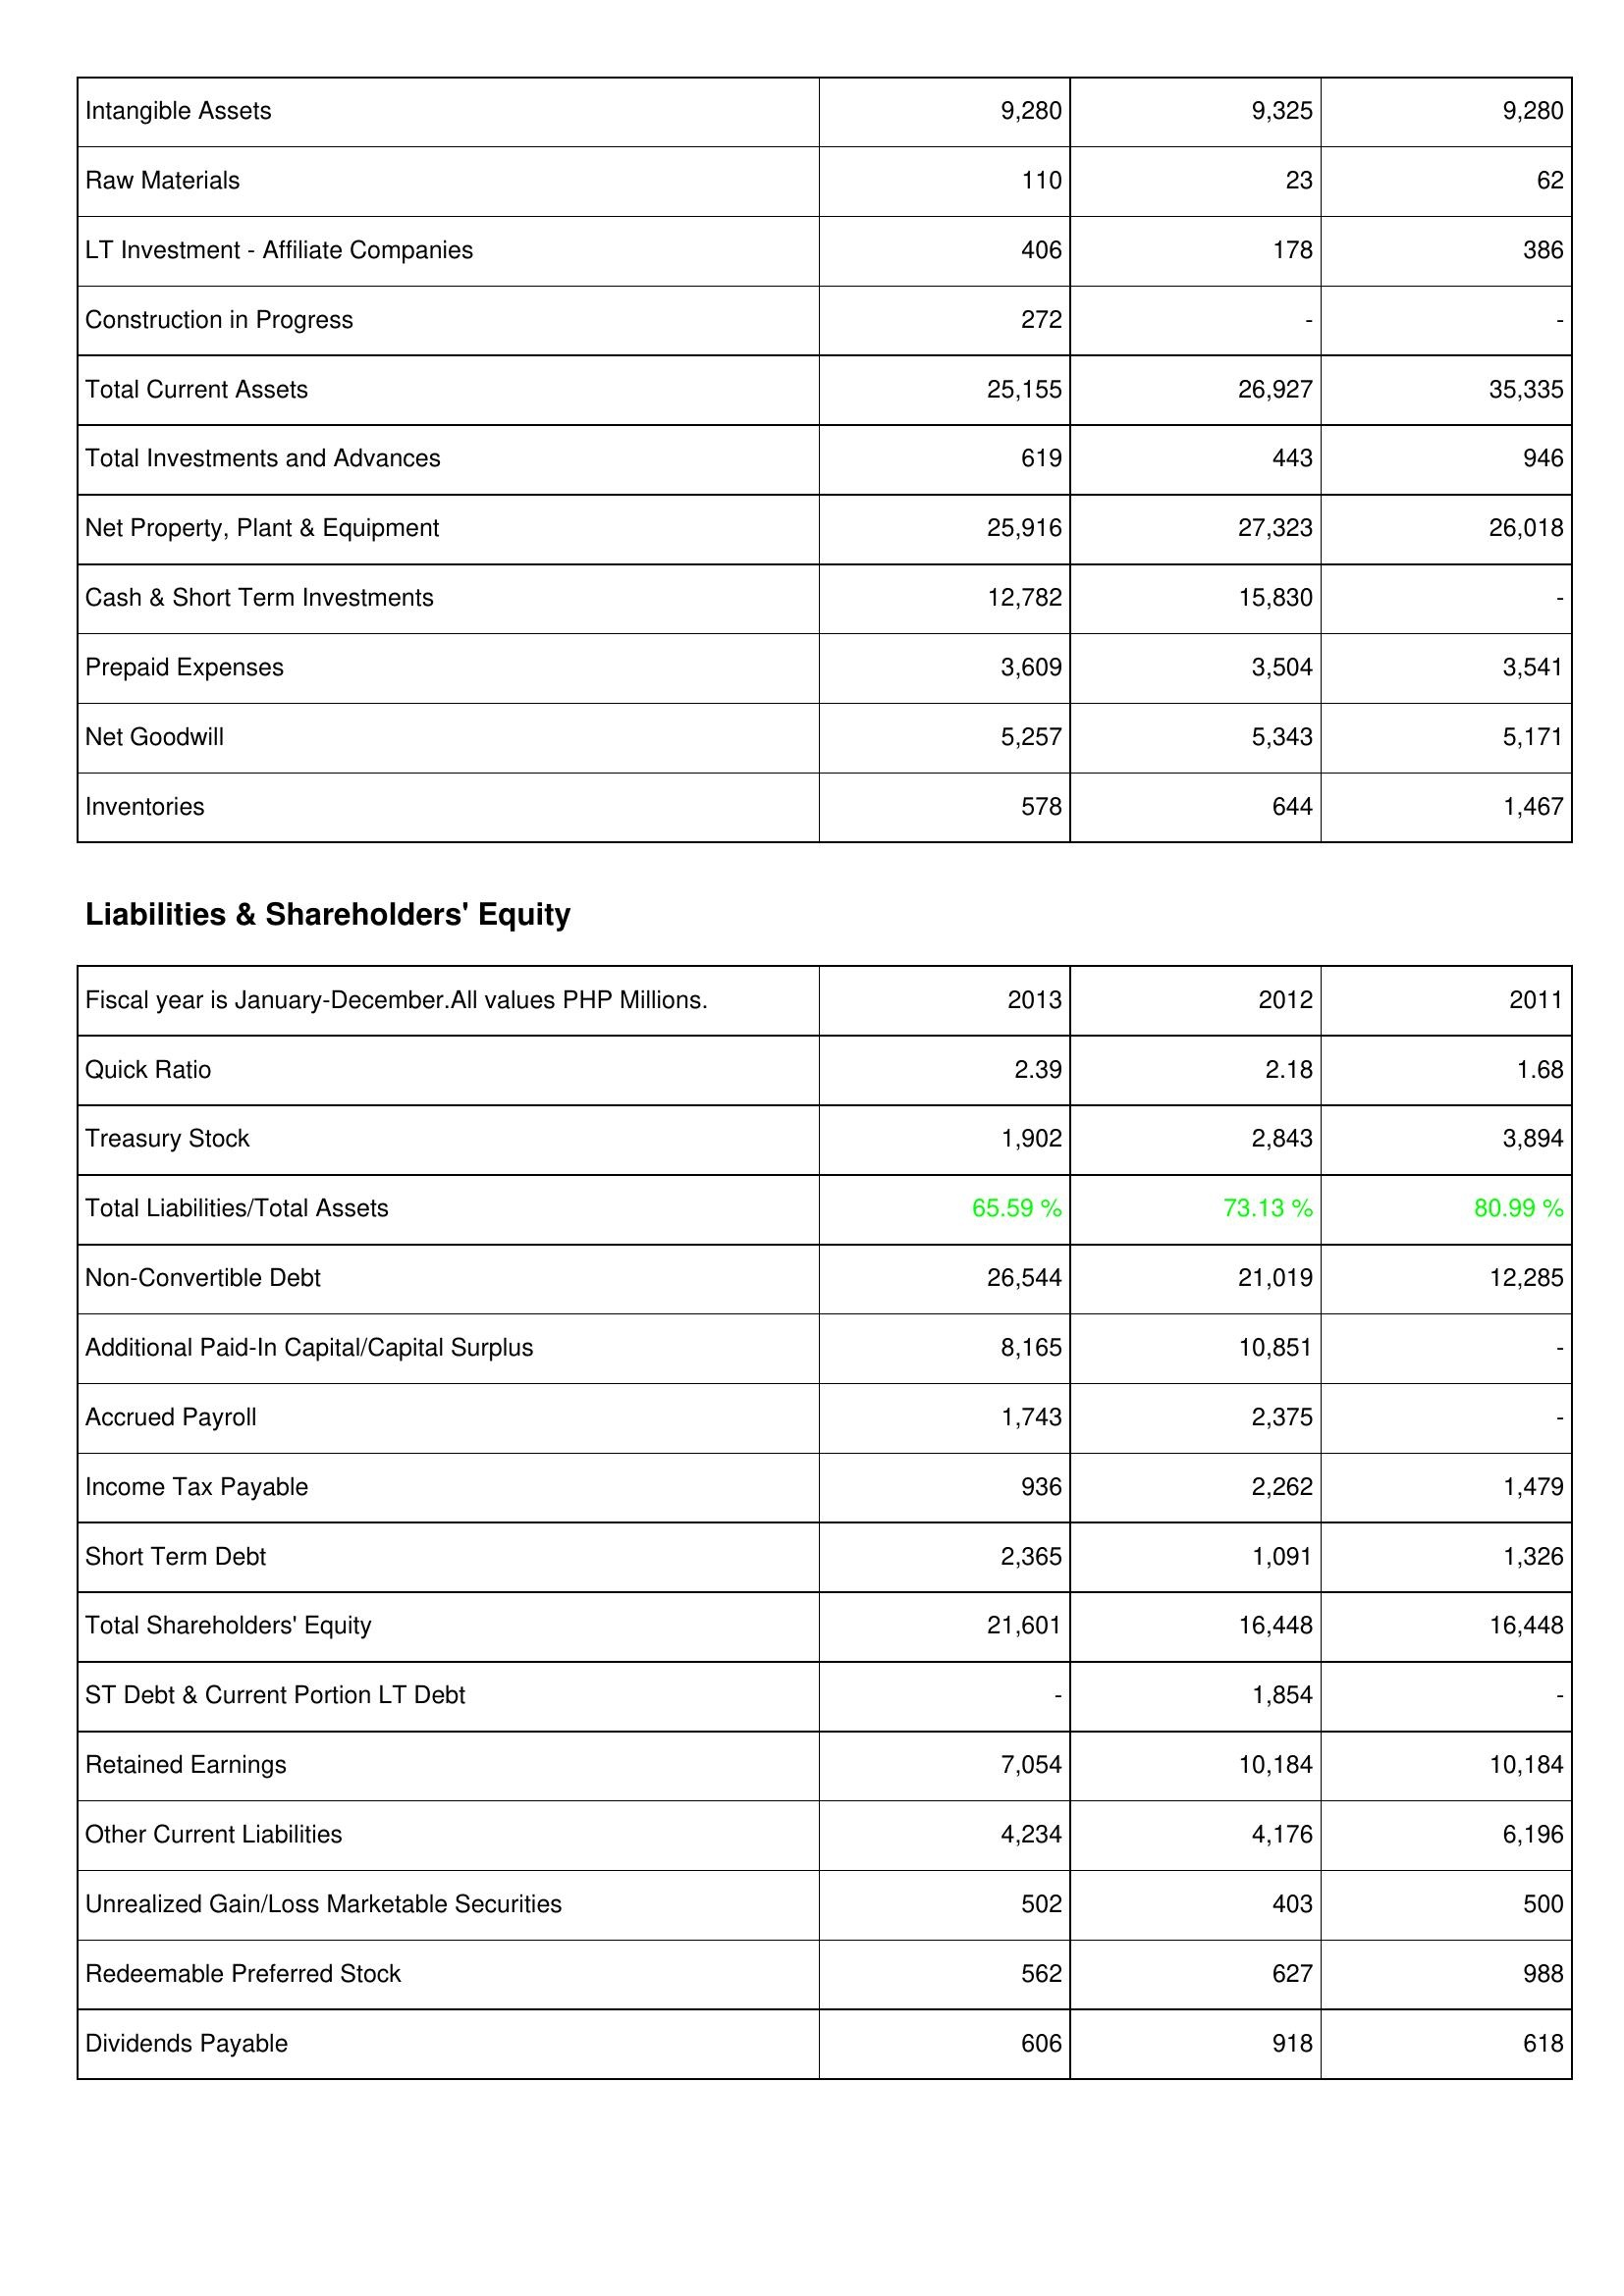
2013: Assets: Intangible Assets: 9,280
Raw Materials: 110
LT Investment - Affiliate Companies: 406
Construction in Progress: 272
Total Current Assets: 25,155
Total Investments and Advances: 619
Net Property, Plant & Equipment: 25,916
Cash & Short Term Investments: 12,782
Prepaid Expenses: 3,609
Net Goodwill: 5,257
Inventories: 578
Liabilities & Shareholders' Equity: Quick Ratio: 2.39
Treasury Stock: 1,902
Total Liabilities/Total Assets: 65.59 %
Non-Convertible Debt: 26,544
Additional Paid-In Capital/Capital Surplus: 8,165
Accrued Payroll: 1,743
Income Tax Payable: 936
Short Term Debt: 2,365
Total Shareholders' Equity: 21,601
ST Debt & Current Portion LT Debt: -
Retained Earnings: 7,054
Other Current Liabilities: 4,234
Unrealized Gain/Loss Marketable Securities: 502
Redeemable Preferred Stock: 562
Dividends Payable: 606
2012: Assets: Intangible Assets: 9,325
Raw Materials: 23
LT Investment - Affiliate Companies: 178
Construction in Progress: -
Total Current Assets: 26,927
Total Investments and Advances: 443
Net Property, Plant & Equipment: 27,323
Cash & Short Term Investments: 15,830
Prepaid Expenses: 3,504
Net Goodwill: 5,343
Inventories: 644
Liabilities & Shareholders' Equity: Quick Ratio: 2.18
Treasury Stock: 2,843
Total Liabilities/Total Assets: 73.13 %
Non-Convertible Debt: 21,019
Additional Paid-In Capital/Capital Surplus: 10,851
Accrued Payroll: 2,375
Income Tax Payable: 2,262
Short Term Debt: 1,091
Total Shareholders' Equity: 16,448
ST Debt & Current Portion LT Debt: 1,854
Retained Earnings: 10,184
Other Current Liabilities: 4,176
Unrealized Gain/Loss Marketable Securities: 403
Redeemable Preferred Stock: 627
Dividends Payable: 918
2011: Assets: Intangible Assets: 9,280
Raw Materials: 62
LT Investment - Affiliate Companies: 386
Construction in Progress: -
Total Current Assets: 35,335
Total Investments and Advances: 946
Net Property, Plant & Equipment: 26,018
Cash & Short Term Investments: -
Prepaid Expenses: 3,541
Net Goodwill: 5,171
Inventories: 1,467
Liabilities & Shareholders' Equity: Quick Ratio: 1.68
Treasury Stock: 3,894
Total Liabilities/Total Assets: 80.99 %
Non-Convertible Debt: 12,285
Additional Paid-In Capital/Capital Surplus: -
Accrued Payroll: -
Income Tax Payable: 1,479
Short Term Debt: 1,326
Total Shareholders' Equity: 16,448
ST Debt & Current Portion LT Debt: -
Retained Earnings: 10,184
Other Current Liabilities: 6,196
Unrealized Gain/Loss Marketable Securities: 500
Redeemable Preferred Stock: 988
Dividends Payable: 618